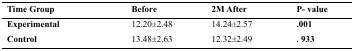
<table><thead><tr><td><b>Time Group</b></td><td><b>Before</b></td><td><b>2M After</b></td><td><b>P- value</b></td></tr></thead><tbody><tr><td><b>Experimental</b></td><td>12.20±2.48</td><td>14.24±2.57</td><td><b>.001</b></td></tr><tr><td><b>Control</b></td><td>13.48±2.63</td><td>12.32±2.49</td><td><b>. 933</b></td></tr></tbody></table>